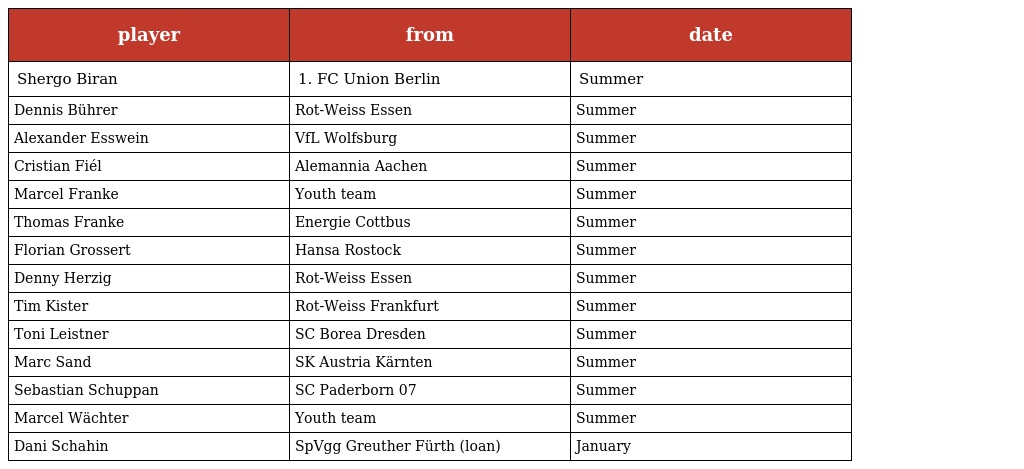
| player | from | date |
 | --- | --- | --- |
 | Shergo Biran | 1. FC Union Berlin | Summer |
 | Dennis Bührer | Rot-Weiss Essen | Summer |
 | Alexander Esswein | VfL Wolfsburg | Summer |
 | Cristian Fiél | Alemannia Aachen | Summer |
 | Marcel Franke | Youth team | Summer |
 | Thomas Franke | Energie Cottbus | Summer |
 | Florian Grossert | Hansa Rostock | Summer |
 | Denny Herzig | Rot-Weiss Essen | Summer |
 | Tim Kister | Rot-Weiss Frankfurt | Summer |
 | Toni Leistner | SC Borea Dresden | Summer |
 | Marc Sand | SK Austria Kärnten | Summer |
 | Sebastian Schuppan | SC Paderborn 07 | Summer |
 | Marcel Wächter | Youth team | Summer |
 | Dani Schahin | SpVgg Greuther Fürth (loan) | January |